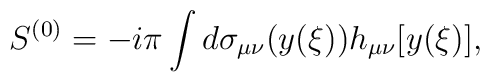
S^{(0)}=-i\pi\int d\sigma_{\mu\nu}(y(\xi))h_{\mu\nu}[y(\xi)],